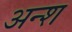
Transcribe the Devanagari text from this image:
अन्श